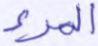
المرء